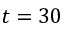
t = 3 0